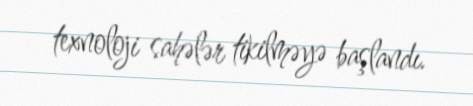
texnoloji sahələr tikilməyə başlandı.